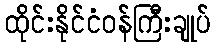
ထိုင်းနိုင်ငံဝန်ကြီးချုပ်